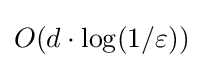
O(d\cdot \log(1/\varepsilon ))